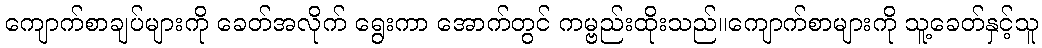
ကျောက်စာချပ်များကို ခေတ်အလိုက် ရွေးကာ အောက်တွင် ကမ္ဗည်းထိုးသည်။ကျောက်စာများကို သူ့ခေတ်နှင့်သူ